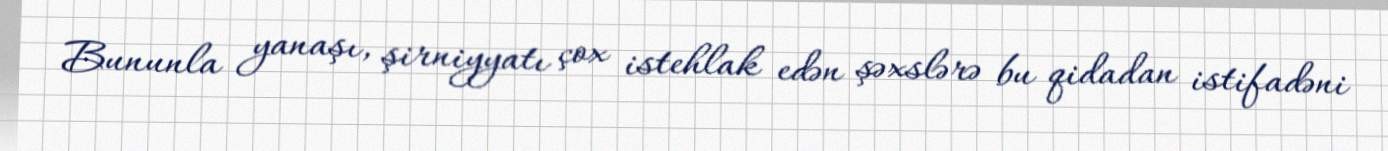
Bununla yanaşı, şirniyyatı çox istehlak edən şəxslərə bu qidadan istifadəni